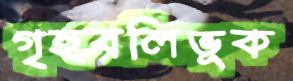
গৃহবলিভূক